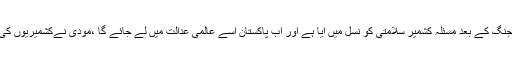
جبکہ اصل حقیقت یہ ہے کہ پہلی مرتبہ انیس سو پینسٹھ کی پاک بھارت جنگ کے بعد مسئلہ کشمیر سلامتی کو نسل میں آیا ہے اور اب پاکستان اسے عالمی عدالت میں لے جائے گا ،مودی نےکشمیریوں کی جدوجہد آسان کردی ہے اس نے اپنے ہی آئین کی دھجیاں بکھیر دی ہیں۔